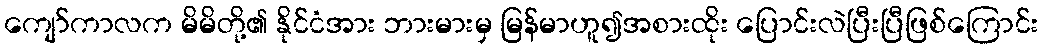
ကျော်ကာလက မိမိတို့၏ နိုင်ငံအား ဘားမားမှ မြန်မာဟူ၍အစားထိုး ပြောင်းလဲပြီးပြီဖြစ်ကြောင်း